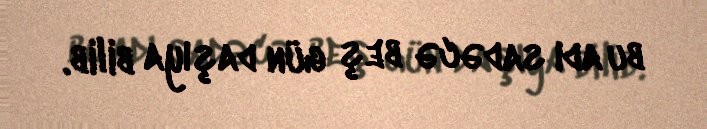
bu adı sadəcə beş gün daşıya bilib.